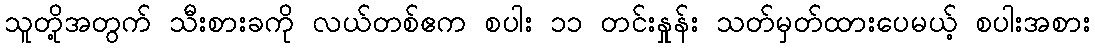
သူတို့အတွက် သီးစားခကို လယ်တစ်ဧက စပါး ၁၁ တင်းနှုန်း သတ်မှတ်ထားပေမယ့် စပါးအစား